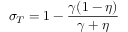
\sigma _ { T } = 1 - \frac { \gamma ( 1 - \eta ) } { \gamma + \eta }